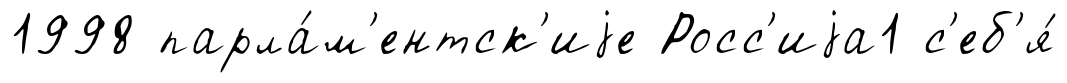
1998 парла́м'ентск'иjе Росс'иjа1 с'еб'я́